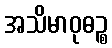
အသိမာဝုဓဉ္စ